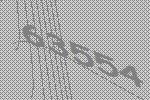
63554